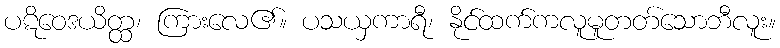
ပဋိဝေဒယိတ္ထ၊ ကြားလေ၏။ ပသယှကာရီ၊ နိုင်ထက်ကလူမူတတ်သောဘီလူး။